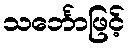
သင်္ဘောဖြင့်